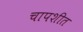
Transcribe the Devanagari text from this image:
चापशीत